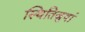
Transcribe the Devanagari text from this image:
स्थितिजुषां